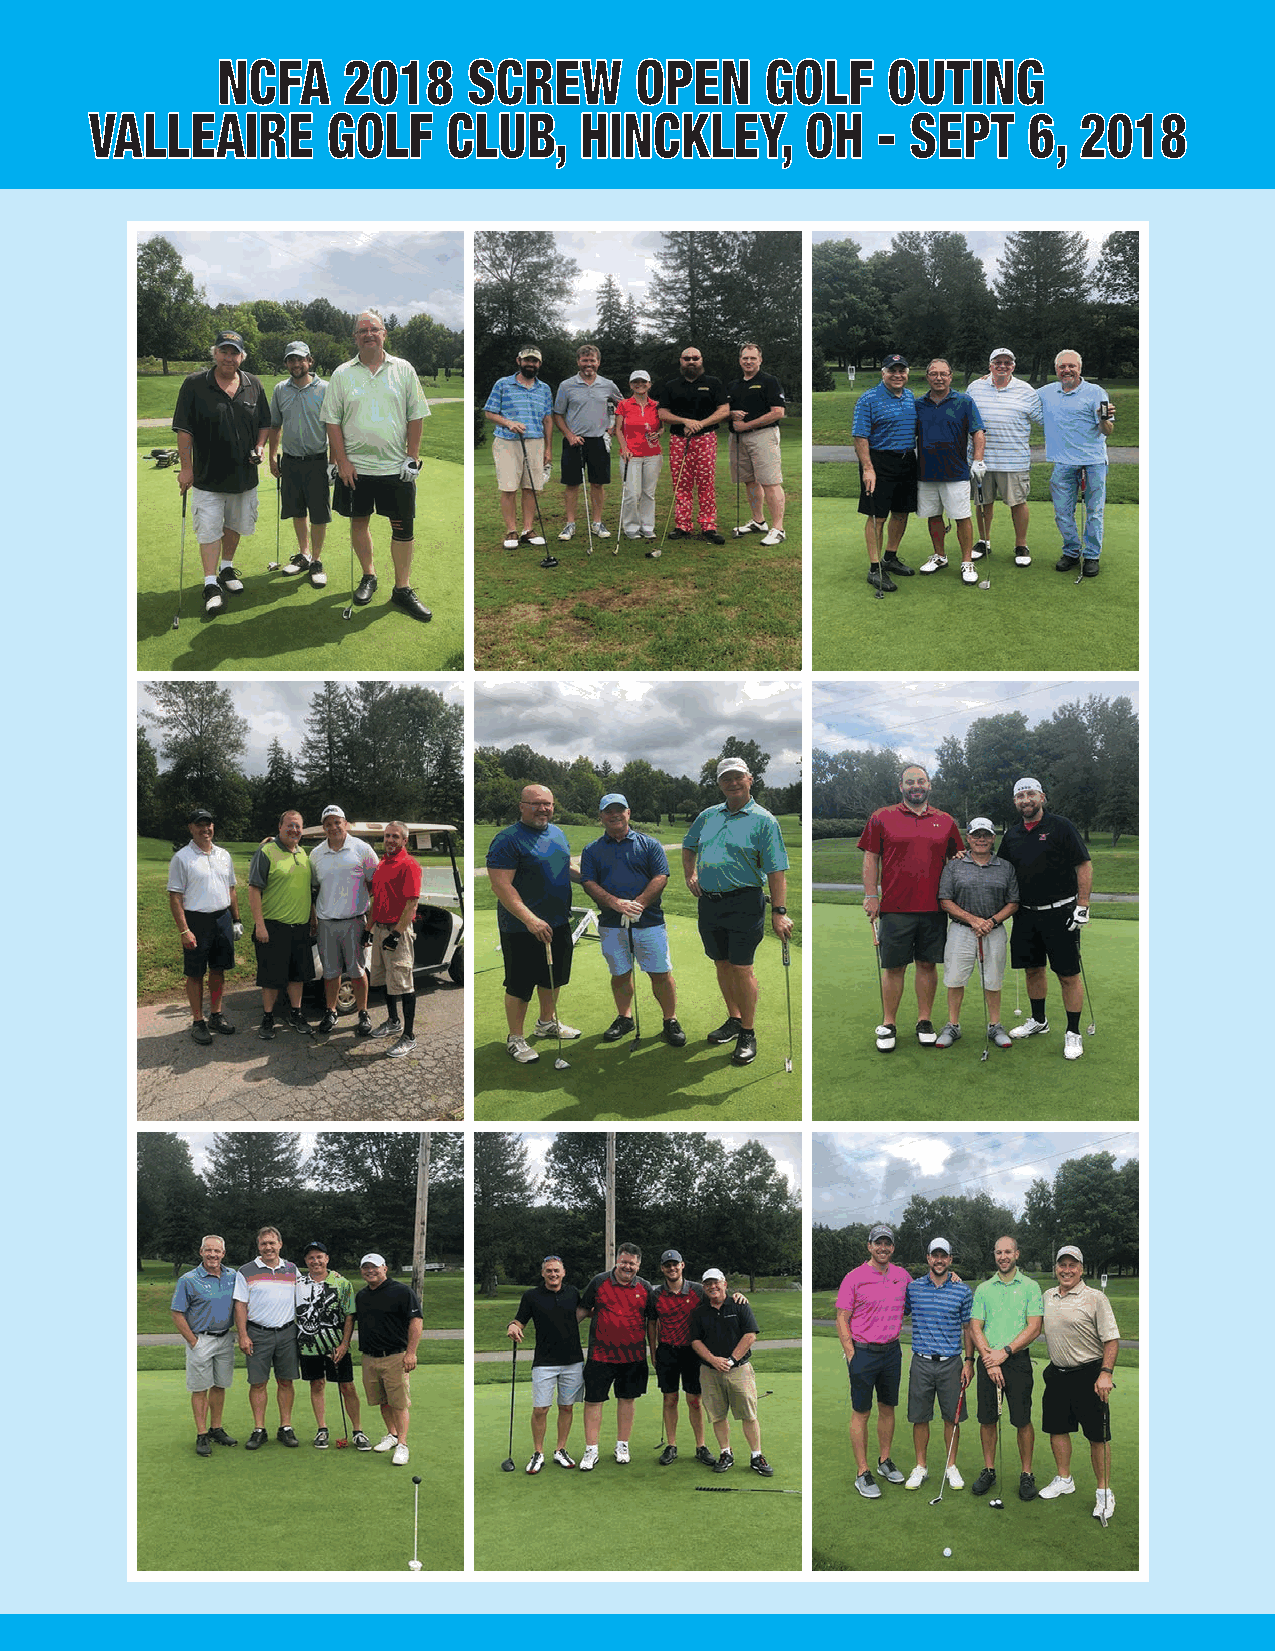
NCFA     2018    SCREW      OPEN     GOLF    OUTING
 VALLEAIRE       GOLF    CLUB,   HINCKLEY,      OH   - SEPT    6, 2018